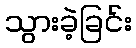
သွားခဲ့ခြင်း